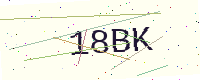
Text: 18BK